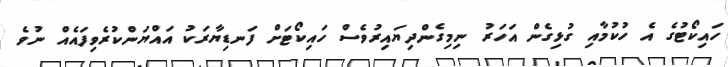
ހައިކޯޓުގެ އެ ހުކުމާއި ގުޅިގެން އަހަރު ނިމިގެންދިޔައިރުވެސް ހައިކޯޓަށް ފަނޑިޔާރަކު އައްޔަންކުރެވިފައެއް ނުވެ